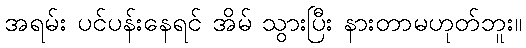
အရမ်း ပင်ပန်းနေရင် အိမ် သွားပြီး နားတာမဟုတ်ဘူး။